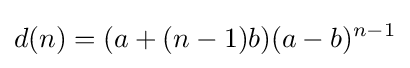
d(n)=(a+(n-1)b)(a-b)^{n-1}